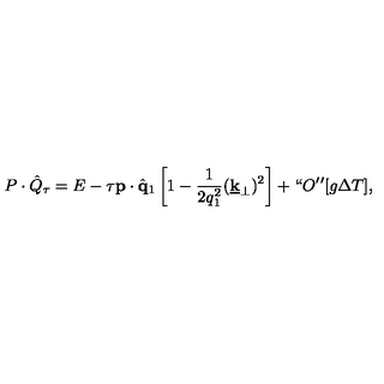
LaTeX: P \cdot \hat { Q } _ { \tau } = E - \tau { \bf p } \cdot \hat { { \bf q } } _ { 1 } \left[ 1 - \frac { 1 } { 2 q _ { 1 } ^ { 2 } } ( \underline { { { \bf k } } } _ { \perp } ) ^ { 2 } \right] + \lq \lq O \mathrm { ' ' } [ g \Delta T ] ,